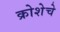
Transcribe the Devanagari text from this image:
क्रोशेचे